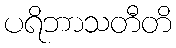
ပရိဘာသတီတိ